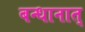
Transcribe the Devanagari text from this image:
बन्धानात्